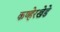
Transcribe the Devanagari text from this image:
कण्हेरखेडे